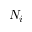
N _ { i }